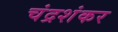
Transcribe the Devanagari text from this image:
चंद्रशंकर